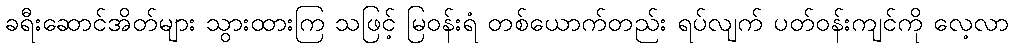
ခရီးဆောင်အိတ်များ သွားထားကြ သဖြင့် မြဝန်းရံ တစ်ယောက်တည်း ရပ်လျက် ပတ်ဝန်းကျင်ကို လေ့လာ